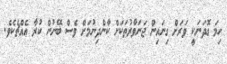
ހިމަ ގޮދަނަކީ ވަރަށް ގިނައިން ޖަނަވާރުތަކަށް ކާންދިނުމަށް ވެސް ބޭނުން ކުރާ އެއްޗެކެވެ.